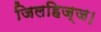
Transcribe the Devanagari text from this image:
जिलहिज्ज।